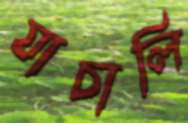
যাচালি